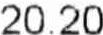
20.20